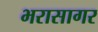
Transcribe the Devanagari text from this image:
भरासागर